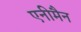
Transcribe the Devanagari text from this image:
एनीमैन